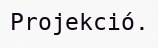
Projekció.